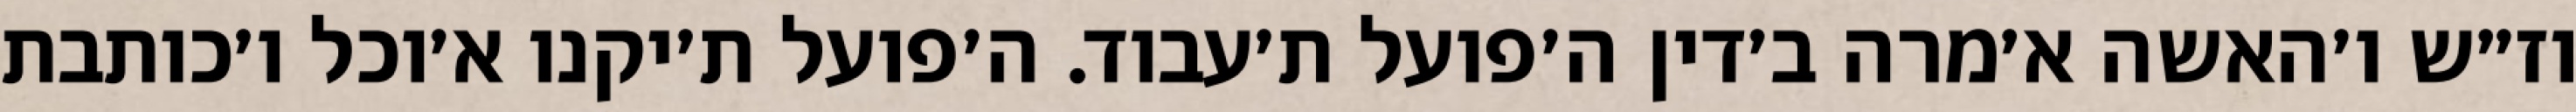
וז״ש ו׳האשה א׳מרה ב׳דין ה׳פועל ת׳עבוד. ה׳פועל ת׳יקנו א׳וכל ו׳כותבת